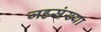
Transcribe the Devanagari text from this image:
जहसंख्या